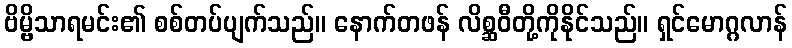
ဗိမ္ဗိသာရမင်း၏ စစ်တပ်ပျက်သည်။ နောက်တဖန် လိစ္ဆဝီတို့ကိုနိုင်သည်။ ရှင်မောဂ္ဂလာန်